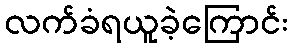
လက်ခံရယူခဲ့ကြောင်း